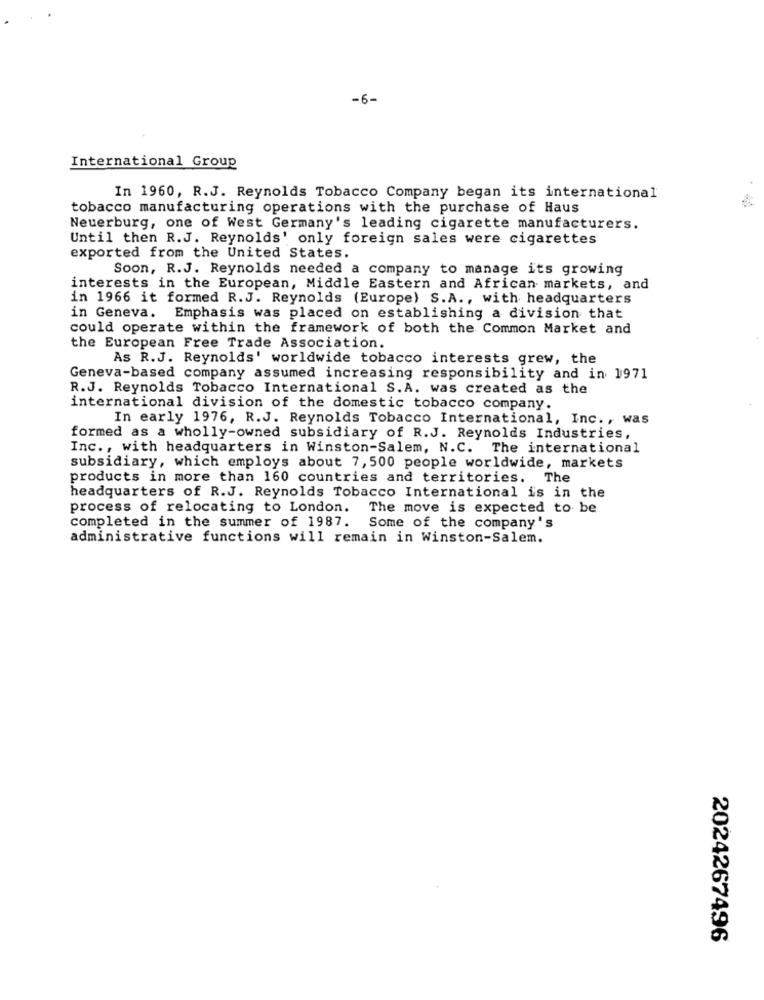
-6-
International Group
In 1960, R.J. Reynolds Tobacco Company began its international
tobacco manufacturing operations with the purchase of Haus
Neuerburg, one of West Germany's leading cigarette manufacturers.
Until then R.J. Reynolds' only foreign sales were cigarettes
exported from the United States.
Soon, R.J. Reynolds needed a company to manage its growing
interests in the European, Middle Eastern and African markets, and
in 1966 it formed R.J. Reynolds (Europe) S.A ., with headquarters
in Geneva. Emphasis was placed on establishing a division that
could operate within the framework of both the Common Market and
the European Free Trade Association.
As R.J. Reynolds' worldwide tobacco interests grew, the
Geneva-based company assumed increasing responsibility and in 1971
R.J. Reynolds Tobacco International S.A. was created as the
international division of the domestic tobacco company.
In early 1976, R.J. Reynolds Tobacco International, Inc ., was
formed as a wholly-owned subsidiary of R.J. Reynolds Industries,
Inc ., with headquarters in Winston-Salem, N.C. The international
subsidiary, which employs about 7, 500 people worldwide, markets
products in more than 160 countries and territories. The
headquarters of R.J. Reynolds Tobacco International is in the
process of relocating to London.
The move is expected to be
completed in the summer of 1987. Some of the company's
administrative functions will remain in Winston-Salem.
2024267496